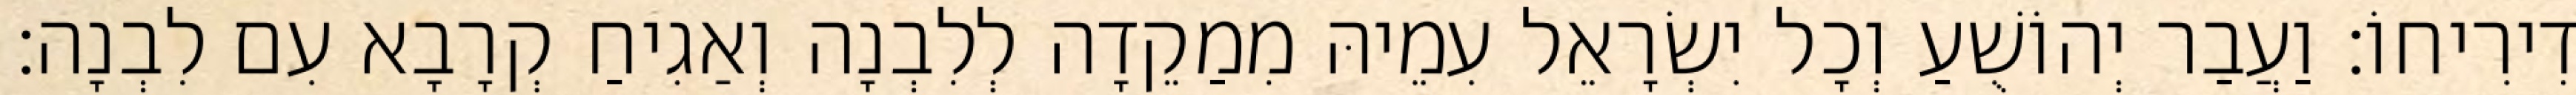
דִירִיחוֹ׃ וַעֲבַר יְהוֹשֻׁעַ וְכָל יִשְׂרָאֵל עִמֵיהּ מִמַקֵדָה לְלִבְנָה וְאַגִיחַ קְרָבָא עִם לִבְנָה׃